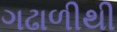
ગઢાળીથી